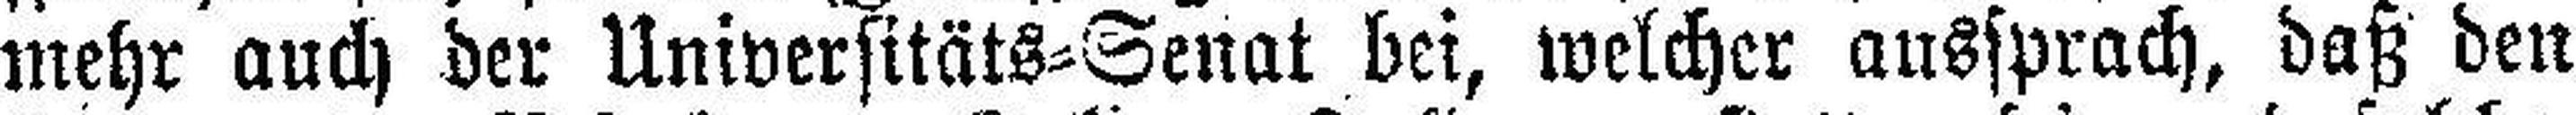
mehr auch der Universitäts=Senat bei, welcher aussprach, daß den